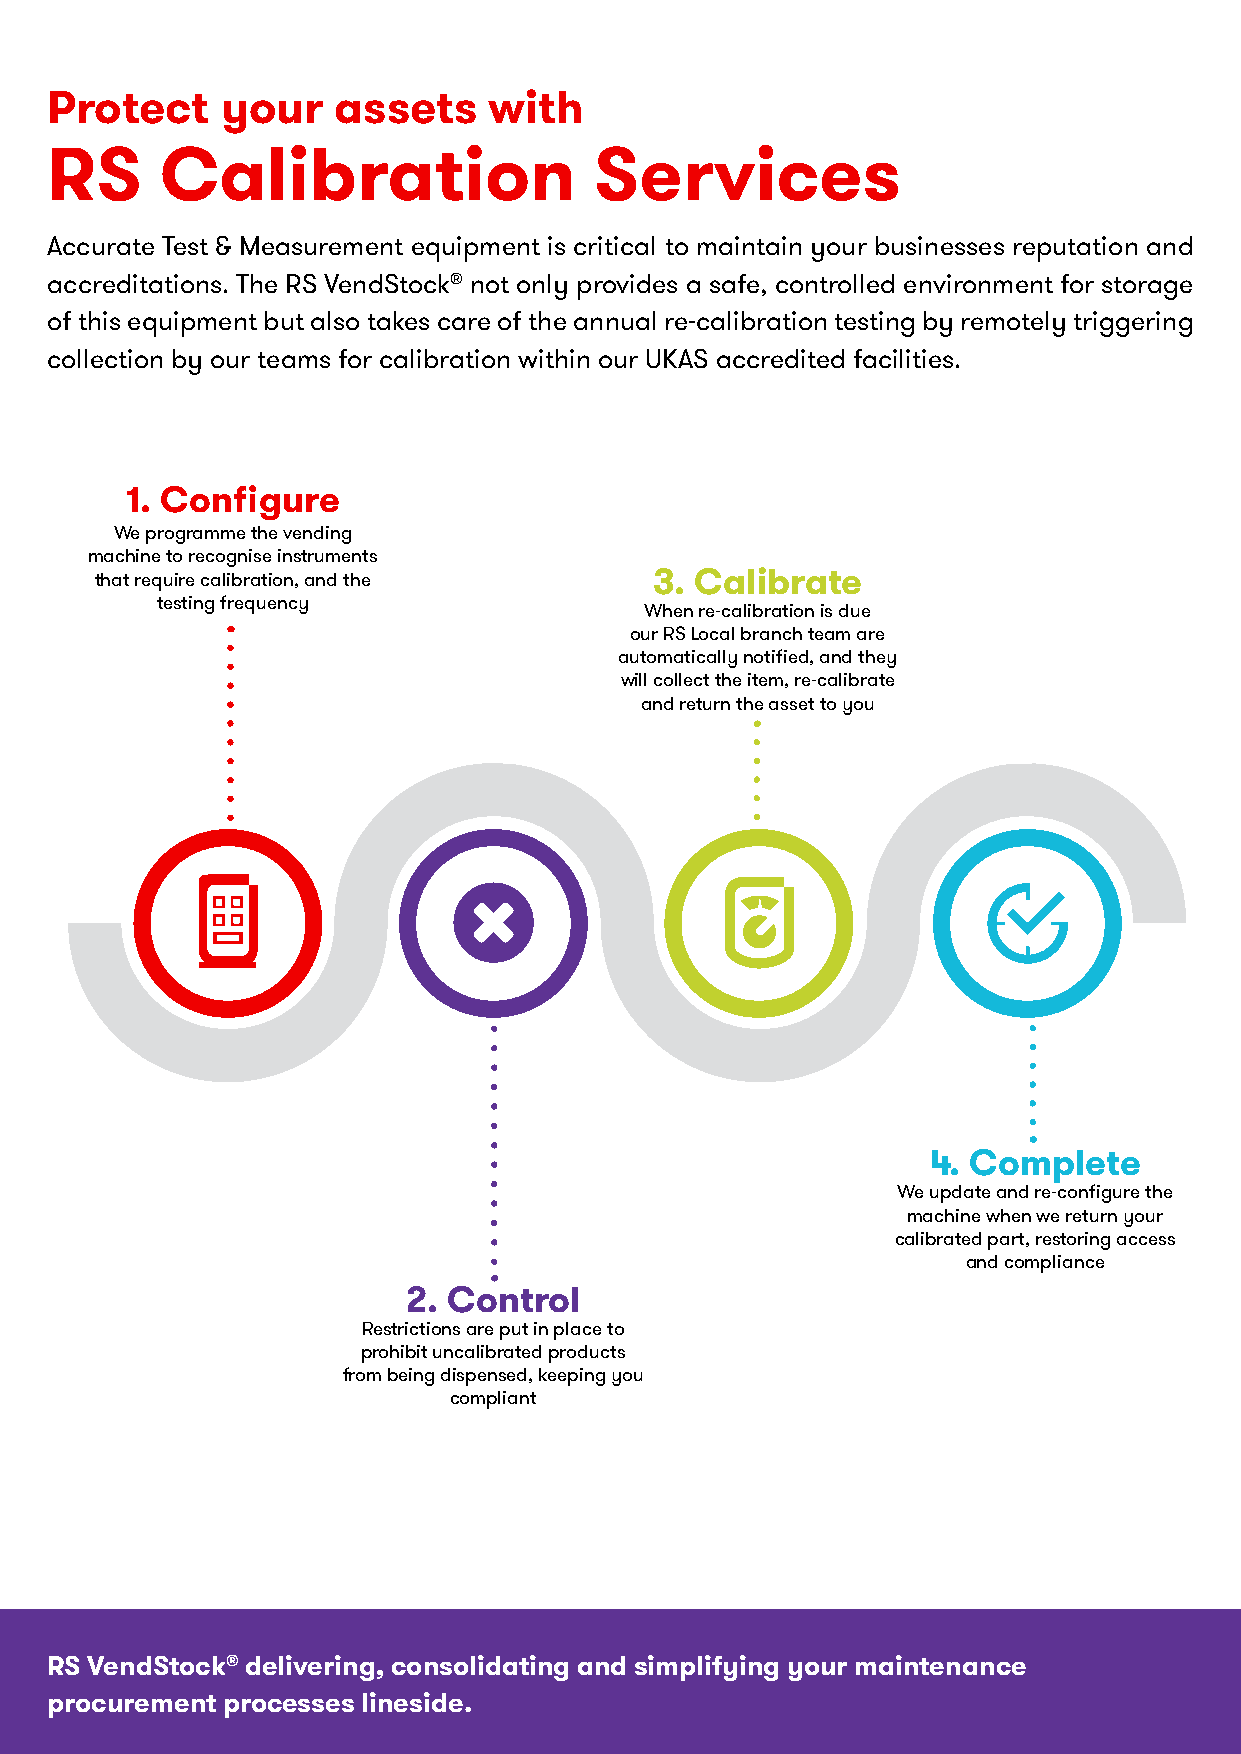
Protect     your   assets    with
 RS      Calibration                 Services
 Accurate Test & Measurement equipment is critical to maintain your businesses reputation and
 accreditations. The RS VendStock® not only provides a safe, controlled environment for storage
 of this equipment but also takes care of the annual re-calibration testing by remotely triggering
 collection by our teams for calibration within our UKAS accredited facilities.
 1. Configure
 We programme the vending
 machine to recognise instruments
 that require calibration, and the    3. Calibrate
 testing frequency
 When re-calibration is due
 our RS Local branch team are
 automatically notified, and they
 will collect the item, re-calibrate
 and return the asset to you
 4. Complete
 We update and re-configure the
 machine when we return your
 calibrated part, restoring access
 and compliance
 2. Control
 Restrictions are put in place to
 prohibit uncalibrated products
 from being dispensed, keeping you
 compliant
 RS VendStock® delivering, consolidating and simplifying your maintenance
 procurement processes lineside.